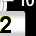
Digit: 2